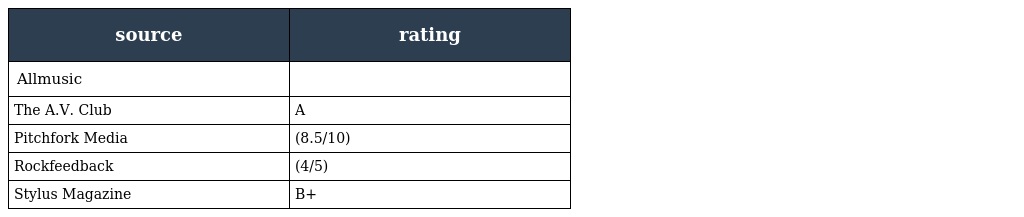
| source | rating |
 | --- | --- |
 | Allmusic |  |
 | The A.V. Club | A |
 | Pitchfork Media | (8.5/10) |
 | Rockfeedback | (4/5) |
 | Stylus Magazine | B+ |